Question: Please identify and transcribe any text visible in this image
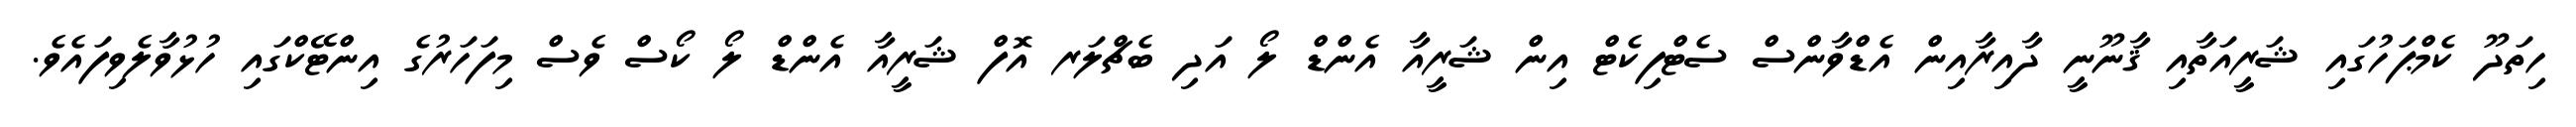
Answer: ހިތަދޫ ކެމްޕަހުގައި ޝަރީއަތާއި ޤާނޫނީ ދާއިރާއިން އެޑްވާންސް ސެޓްފިކެޓް އިން ޝަރީއާ އެންޑް ލޯ އަދި ބެޗްލަރ އޮފް ޝަރީއާ އެންޑް ލޯ ކޯސް ވެސް މިފަހަރުގެ އިންޓޭކްގައި ހުޅުވާލެވިފައެވެ.